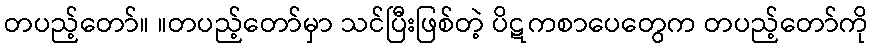
တပည့်တော်။ ။တပည့်တော်မှာ သင်ပြီးဖြစ်တဲ့ ပိဋကစာပေတွေက တပည့်တော်ကို